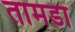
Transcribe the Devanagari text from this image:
तामडा